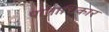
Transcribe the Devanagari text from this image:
पाताधिकार